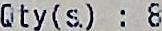
QTY(S.) : 8